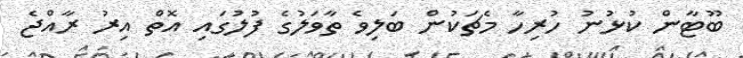
ބޫޓާން ކުޅުނު ހުރިހާ މެޗަކުން ބަލިވެ ތާވަލުގެ ފުލުގައި އޮތް އިރު ރާއްޖެ